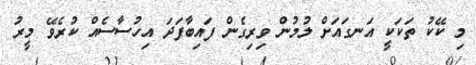
މި ކޭކު ތަކަކީ އަނގައަށް ލުމުން ވިރިގެން ފައިބާފަދަ އިހުސާސެއް ކުރެވޭ މީރު